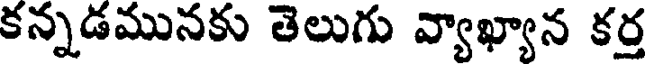
కన్నడమునకు తెలుగు వ్యాఖ్యాన కర్త